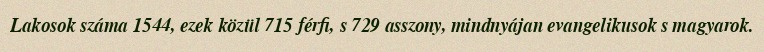
Lakosok száma 1544, ezek közül 715 férfi, s 729 asszony, mindnyájan evangelikusok s magyarok.